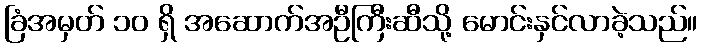
ခြံအမှတ် ၁၀ ရှိ အဆောက်အဦကြီးဆီသို့ မောင်းနှင်လာခဲ့သည်။